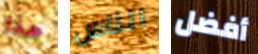
هذا الناس أفضل